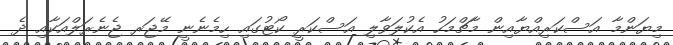
މިޔަންމާ އަސްކަރިއްޔާއިން މާޗްމަހު އެކުލަވާލި އަސްކަރީ ކޯޓުގައި ހިމެނެނީ މޭޖަރ ޖެނެރަލްއަކާއި ދެ